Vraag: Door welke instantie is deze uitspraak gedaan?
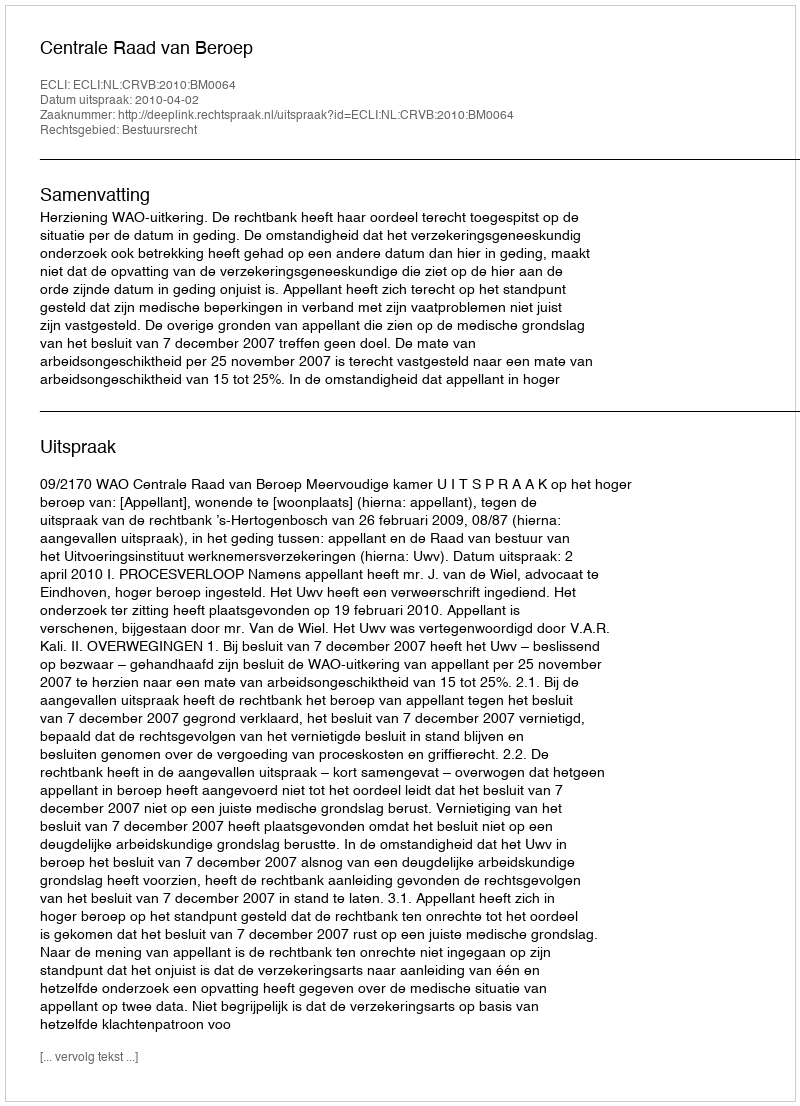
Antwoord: Centrale Raad van Beroep